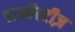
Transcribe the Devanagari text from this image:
डाय्नैस्टीज़